Regulations for the medical services of the Army of India
Year: 1930
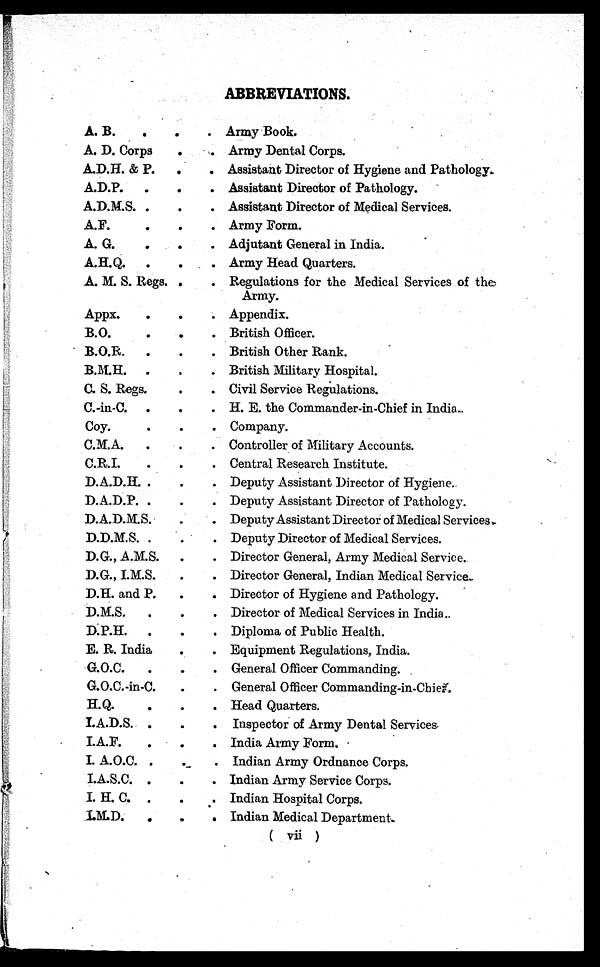
ABBREVIATIONS.
A. B.
.
.
. Army Book.
A. D. Corps
. Army Dental Corps.
A.D.H. & P.
.
. Assistant Director of Hygiene and Pathology.
A.D.P.
.
.
. Assistant Director of Pathology.
A.D.M.S. .
.
. Assistant Director of Medical Services.
A.F.
.
.
. Army Form.
A. G.
.
Adjutant General in India.
A.H.Q.
.
.
. Army Head Quarters.
A. M. S. Regs. .
. Regulations for the Medical Services of the
Army.
Appx.
.
.
Appendix.
B.O.
.
.
. British Officer.
B.O.R.
.
.
. British Other Rank.
B.M.H.
.
. . British Military Hospital.
C. S. Regs.
.
. Civil Service Regulations.
C.-in-C.
.
.
. H. E. the Commander-in-Chief in India.
Coy.
.
.
. Company.
C.M.A.
. . Controller of Military Accounts.
C.R.I.
.
.
. Central Research Institute.
D.A.D.H. .
.
. Deputy Assistant Director of Hygiene.
D.A.D.P. .
.
. Deputy Assistant Director of Pathology.
D.A.D.M.S.
.
. Deputy Assistant Director of Medical Services.
D.D.M.S. .
. . Deputy Director of Medical Services.
D.G., A.M.S.
.
. Director General, Army Medical Service.
D.G., I.M.S.
.
. Director General, Indian Medical Service.
D.H. and P.
.
. Director of Hygiene and Pathology.
D.M.S.
.
.
. Director of Medical Services in India..
D.P.H.
.
.
. Diploma of Public Health.
E. R. India
. Equipment Regulations, India.
G.O.C.
.
.
. General Officer Commanding.
G.O.C.-in-C.
.
. General Officer Commanding-in-Chief.
H.Q.
.
.
. Head Quarters.
I.A.D.S. .
.
. Inspector of Army Dental Services.
I.A.F.
.
.
. India Army Form.
I. A.O.C. .
.
. Indian Army Ordnance Corps.
I.A.S.C. .
.
. Indian Army Service Corps.
I. H. C. .
.
. Indian Hospital Corps.
I.M.D.
.
.
. Indian Medical Department.
( vii )